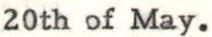
20th of May.